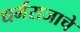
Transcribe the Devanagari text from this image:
धर्मराजाचे